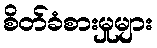
စိတ်ခံစားမှုများ